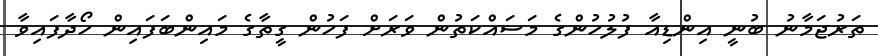
ތަރުޖަމާނު ބުނީ އިންޑިއާ ފުލުހުންގެ މަސައްކަތުން ވަރަށް ފަހުން ގީތާގެ މައިންބަފައިން ހޯދާފައިވާ